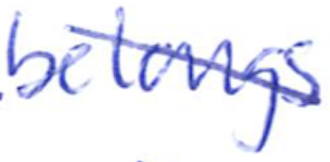
Text: belongs
Cross-out: diagonal
Writing tool: ballpoint